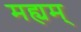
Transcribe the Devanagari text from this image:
मह्यम्